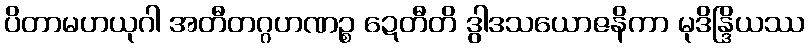
ပိတာမဟယုဂါ အတီတဂ္ဂဟဏဉ္စ ဍေတီတိ ဒွါဒသယောဇနိကာ မုဒိန္ဒြိယဿ